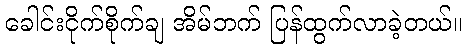
ခေါင်းငိုက်စိုက်ချ အိမ်ဘက် ပြန်ထွက်လာခဲ့တယ်။